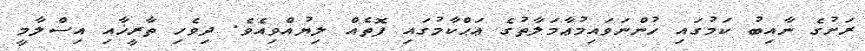
ރަށުގެ ނާއިބު ކަމުގައި ހުންނަވައިމުޢާމަލާތުގެ ޢަޙްކާމުގައި ފޮތެއް ލިޔުއްވިއެވެ. ދިވެހި ތާރީޚާއި އިސްލާމީ